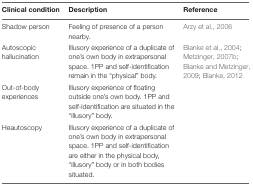
| Clinical condition | Description | Reference |
 | --- | --- | --- |
 | Shadow person | Feeling of presence of a person nearby. | Arzy et al., 2006 |
 | Autoscopic hallucination | Illusory experience of a duplicate of one’s own body in extrapersonal space. 1PP and self-identification remain in the “physical” body. | Blanke et al., 2004; Metzinger, 2007b; Blanke and Metzinger, 2009; Blanke, 2012 |
 | Out-of-body experiences | Illusory experience of floating outside one’s own body. 1PP and self-identification are situated in the “illusory” body. |  |
 | Heautoscopy | Illusory experience of a duplicate of one’s own body in extrapersonal space. 1PP and self-identification are either in the physical body, “illusory” body or in both bodies situated. |  |